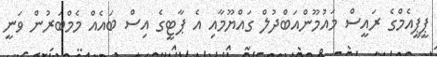
ޕީޕީއެމްގެ ރައީސް މައުމޫންއަބްދުލް ގައްޔޫމާއި އެ ޕާޓީގެ އިސް ބައެއް މެމްބަރުން ވަނީ